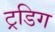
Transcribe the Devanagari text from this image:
ट्रडिग